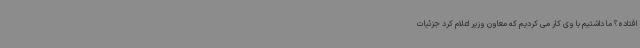
افتاده؟ ما داشتیم با وی کار می کردیم که معاون وزیر اعلام کرد جزئیات